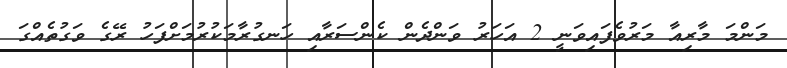
މަންމަ މާރިއާ މަރުވެފައިވަނީ 2 އަހަރު ވަންދެން ކެންސަރާއި ހަނގުރާމަކުރުމަށްފަހު ރޭގެ ވަގުތެއްގަ